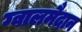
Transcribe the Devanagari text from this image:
ग्वालमैदान